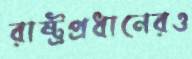
রাষ্ট্রপ্রধানেরও